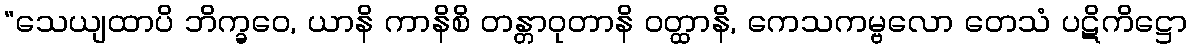
“သေယျထာပိ ဘိက္ခဝေ, ယာနိ ကာနိစိ တန္တာဝုတာနိ ဝတ္ထာနိ, ကေသကမ္ဗလော တေသံ ပဋိကိဋ္ဌော